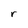
Character: r